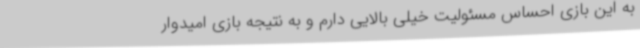
به این بازی احساس مسئولیت خیلی بالایی دارم و به نتیجه بازی امیدوار